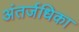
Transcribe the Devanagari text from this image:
अंतर्जधिका